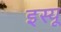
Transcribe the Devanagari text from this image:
इस्यू